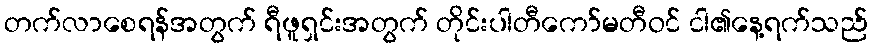
တက်လာစေရန်အတွက် ရီဖူရှင်းအတွက် တိုင်းပါတီကော်မတီဝင် ငါ၏နေ့ရက်သည်